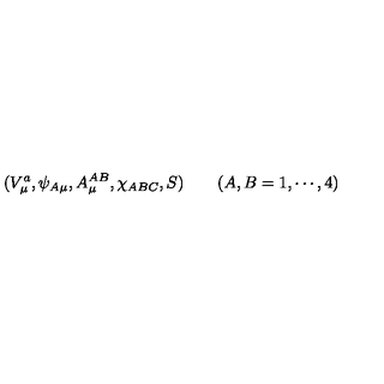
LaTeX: ( V _ { \mu } ^ { a } , \psi _ { A \mu } , A _ { \mu } ^ { A B } , \chi _ { A B C } , S ) \quad \quad ( A , B = 1 , \cdots , 4 )